画像に写った文字を読んでください
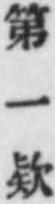
「第一欵」と書いてあります